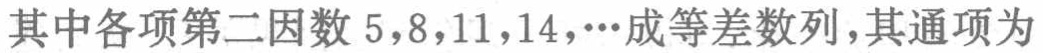
其中各项第二因数 \(5,8,11,14,\cdots\)成等差数列，其通项为